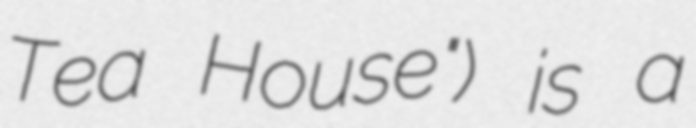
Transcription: Tea House") is a